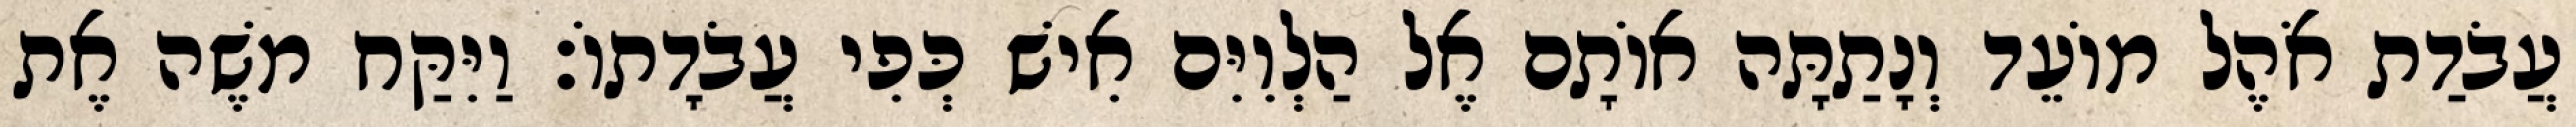
עֲבֹדַת אֹהֶל מוֹעֵד וְנָתַתָּה אוֹתָם אֶל הַלְוִיִּם אִישׁ כְּפִי עֲבֹדָתוֹ׃ וַיִּקַּח משֶׁה אֶת